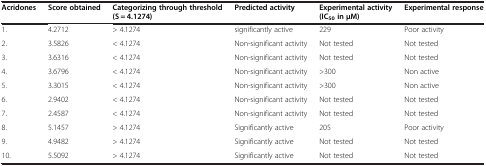
<table><thead><tr><td><b>Acridones</b></td><td><b>Score obtained</b></td><td><b>Categorizing through threshold (S = 4.1274)</b></td><td><b>Predicted activity</b></td><td><b>Experimental activity (IC<sub>50 </sub>in μM)</b></td><td><b>Experimental response</b></td></tr></thead><tbody><tr><td>1.</td><td>4.2712</td><td>&gt; 4.1274</td><td>significantly active</td><td>229</td><td>Poor activity</td></tr><tr><td>2.</td><td>3.5826</td><td>&lt; 4.1274</td><td>Non-significant activity</td><td>Not tested</td><td>Not tested</td></tr><tr><td>3.</td><td>3.6316</td><td>&lt; 4.1274</td><td>Non-significant activity</td><td>Not tested</td><td>Not tested</td></tr><tr><td>4.</td><td>3.6796</td><td>&lt; 4.1274</td><td>Non-significant activity</td><td>&gt;300</td><td>Non active</td></tr><tr><td>5.</td><td>3.3015</td><td>&lt; 4.1274</td><td>Non-significant activity</td><td>&gt;300</td><td>Non active</td></tr><tr><td>6.</td><td>2.9402</td><td>&lt; 4.1274</td><td>Non-significant activity</td><td>Not tested</td><td>Not tested</td></tr><tr><td>7.</td><td>2.4587</td><td>&lt; 4.1274</td><td>Non-significant activity</td><td>Not tested</td><td>Not tested</td></tr><tr><td>8.</td><td>5.1457</td><td>&gt; 4.1274</td><td>Significantly active</td><td>205</td><td>Poor activity</td></tr><tr><td>9.</td><td>4.9482</td><td>&gt; 4.1274</td><td>Significantly active</td><td>Not tested</td><td>Not tested</td></tr><tr><td>10.</td><td>5.5092</td><td>&gt; 4.1274</td><td>Significantly active</td><td>Not tested</td><td>Not tested</td></tr></tbody></table>